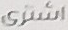
اشترى